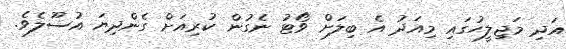
އަދި މަޖިލީހުގައި މިއަދު އެ ބިލަށް ވޯޓު ނެގުން ކުރިއަށް ގެންދިޔަ އުސޫލެވެ.